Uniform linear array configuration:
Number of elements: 8
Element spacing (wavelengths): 0.75
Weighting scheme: hann
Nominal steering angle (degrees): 0
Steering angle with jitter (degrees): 1.114
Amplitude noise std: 0.05
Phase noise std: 0.05

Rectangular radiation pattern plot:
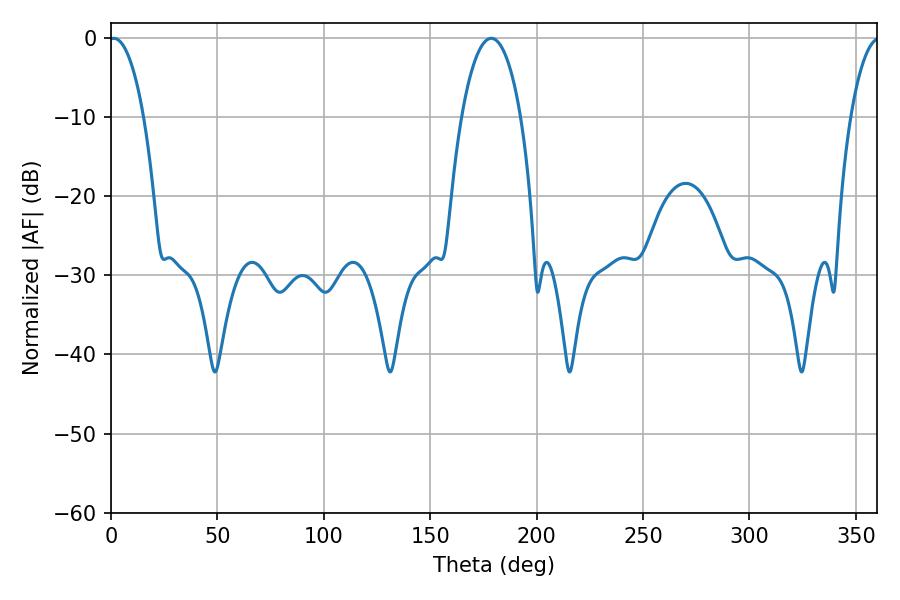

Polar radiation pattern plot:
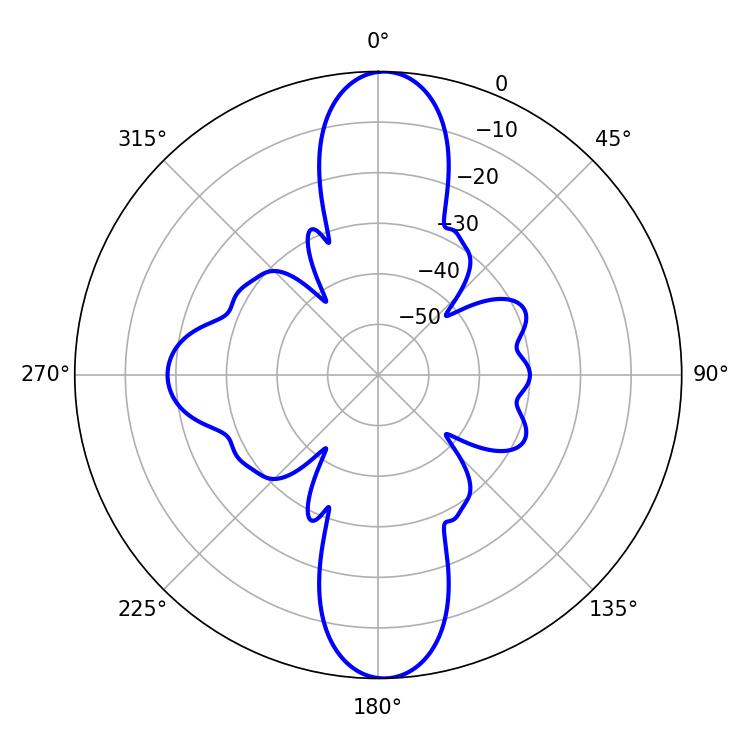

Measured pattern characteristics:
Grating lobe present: TRUE
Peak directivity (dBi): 23.818
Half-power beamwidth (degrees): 9.18
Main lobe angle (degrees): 1.26